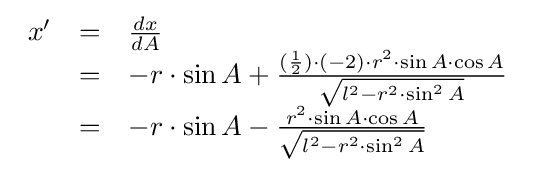
{\begin{array}{lcl}x'&=&{\frac {dx}{dA}}\\&=&-r\cdot \sin A+{\frac {({\frac {1}{2}})\cdot (-2)\cdot r^{2}\cdot \sin A\cdot \cos A}{\sqrt {l^{2}-r^{2}\cdot \sin ^{2}A}}}\\&=&-r\cdot \sin A-{\frac {r^{2}\cdot \sin A\cdot \cos A}{\sqrt {l^{2}-r^{2}\cdot \sin ^{2}A}}}\\\end{array}}